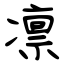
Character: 凛